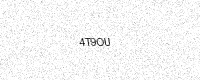
Text: 4T9OU